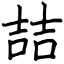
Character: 喆